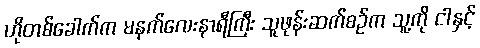
ဟိုတစ်ခေါက်က မနက်လေးနာရီကြီး သူဖုန်းဆက်စဉ်က သူ့ကို ငါနှင့်